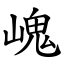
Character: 㟴